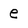
Character: e